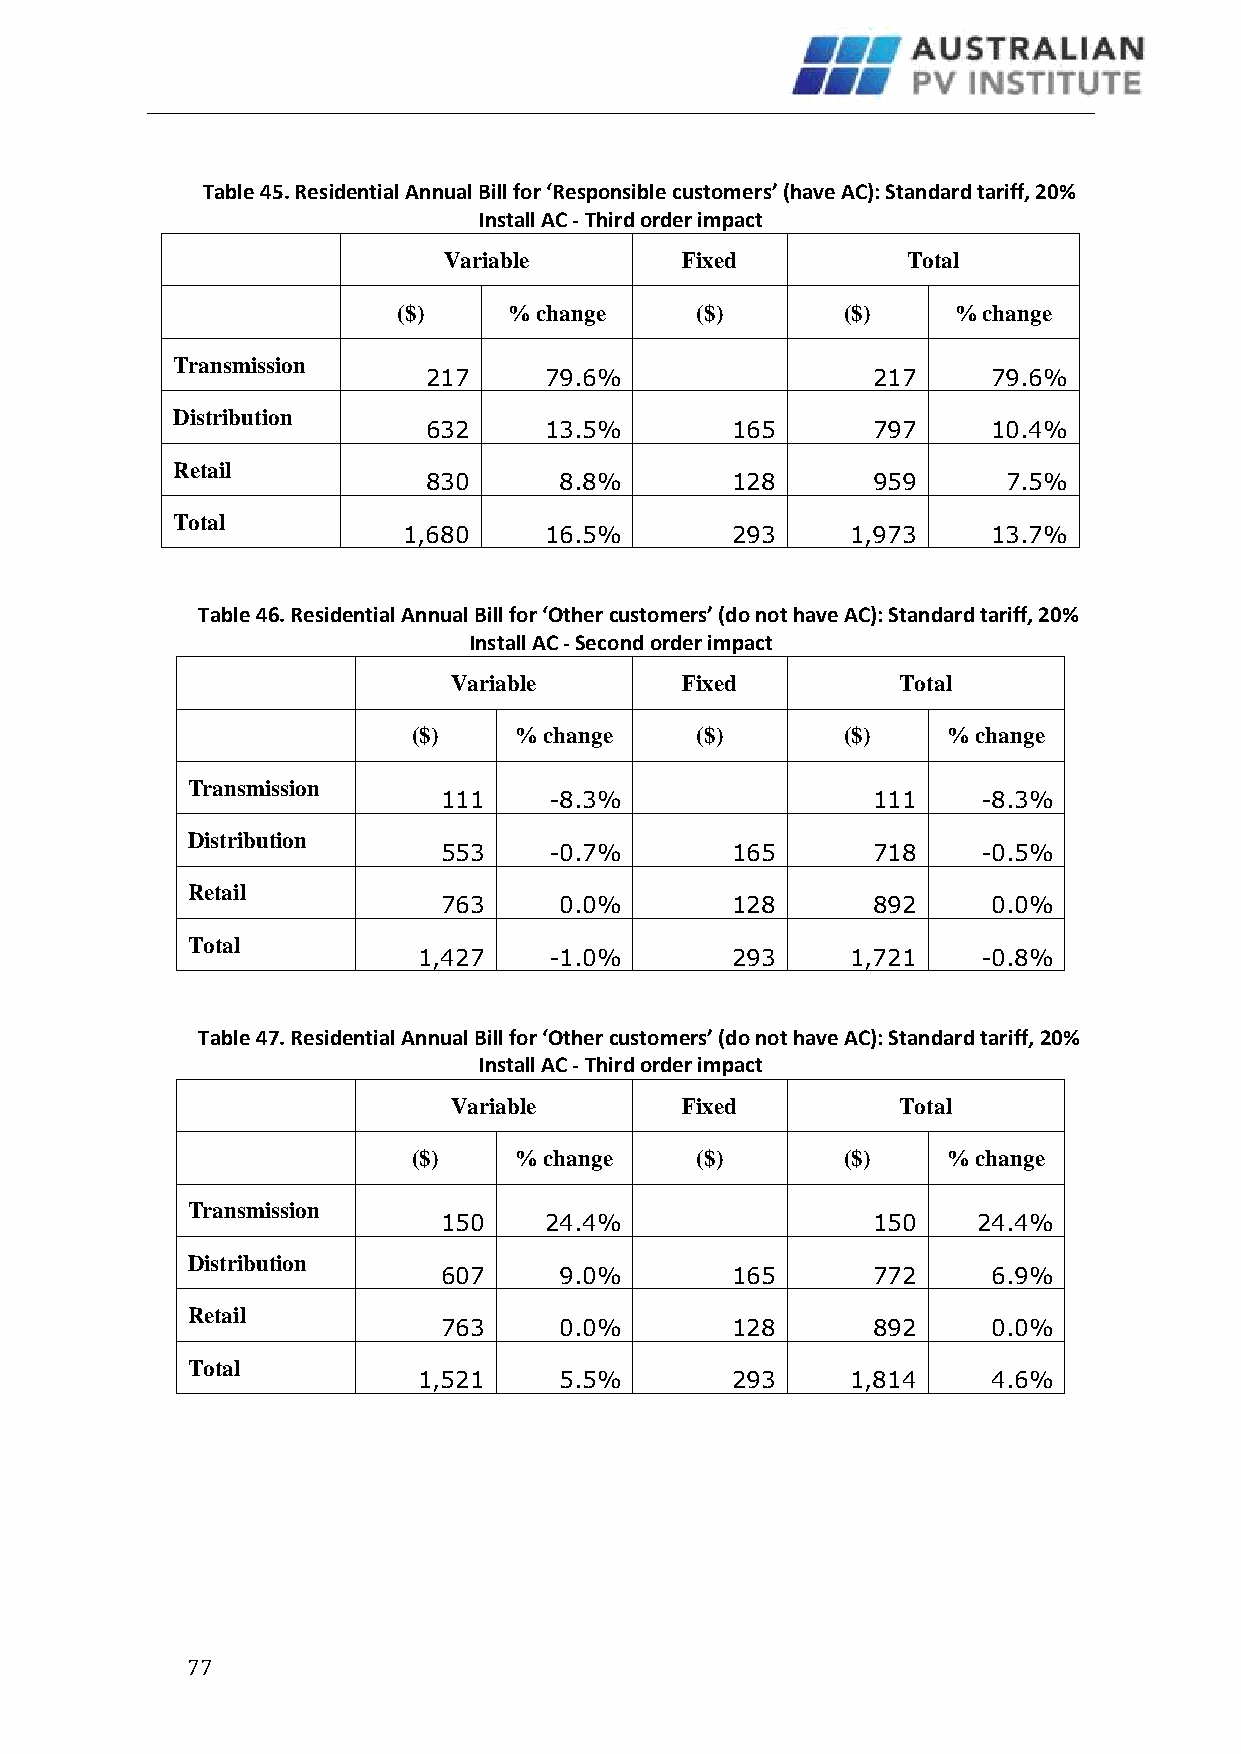
Table 45. Residential Annual Bill for ‘Responsible customers’ (have AC): Standard tariff, 20%
 Install AC - Third order impact
 Variable        Fixed          Total
 ($)     % change    ($)       ($)    % change
 Transmission
 217     79.6%                 217     79.6%
 Distribution
 632     13.5%       165       797     10.4%
 Retail
 830      8.8%       128       959      7.5%
 Total
 1,680    16.5%       293     1,973     13.7%
 Table 46. Residential Annual Bill for ‘Other customers’ (do not have AC): Standard tariff, 20%
 Install AC - Second order impact
 Variable       Fixed          Total
 ($)    % change    ($)       ($)    % change
 Transmission
 111    -8.3%                 111    -8.3%
 Distribution
 553    -0.7%       165       718    -0.5%
 Retail
 763     0.0%       128       892     0.0%
 Total
 1,427   -1.0%       293     1,721    -0.8%
 Table 47. Residential Annual Bill for ‘Other customers’ (do not have AC): Standard tariff, 20%
 Install AC - Third order impact
 Variable       Fixed          Total
 ($)    % change    ($)       ($)    % change
 Transmission
 150    24.4%                 150    24.4%
 Distribution
 607     9.0%       165       772     6.9%
 Retail
 763     0.0%       128       892     0.0%
 Total
 1,521    5.5%       293     1,814     4.6%
 7 7